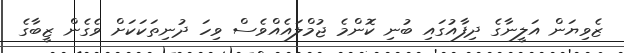
ޒެވިޔަން އަލީނާގެ ދިފާއުގައި ބުނި ކޮންމެ ޖުމްލައެއްވެސް ވިހަ ދުނިތަކަކަށް ވެގެން ޒީބާގެ